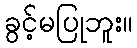
ခွင့်မပြုဘူး။